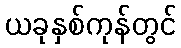
ယခုနှစ်ကုန်တွင်